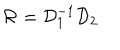
LaTeX: { \cal R } = { \cal D } _ { 1 } ^ { - 1 } { \cal D } _ { 2 }